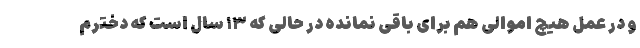
و در عمل هیچ اموالی هم برای باقی نمانده در حالی که ۱۳ سال است که دخترم